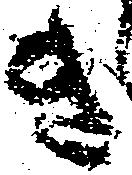
き